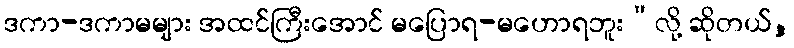
ဒကာ-ဒကာမများ အထင်ကြီးအောင် မပြောရ-မဟောရဘူး”လို့ ဆိုတယ်,